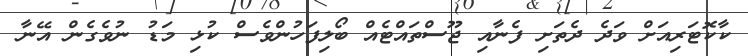
ކާކޮޓަރިއަށް ވަދެ ދެތަށި ފެނާއި ޖޫސްތައްޓެއް ބޯލިފަހުންވެސް ކުޅި މަޑު ނުވެގެން އޭނާ